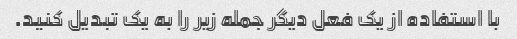
با استفاده از یک فعل دیگر جمله زیر را به یک تبدیل کنید.